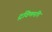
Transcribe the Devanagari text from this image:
द्रविणमपि